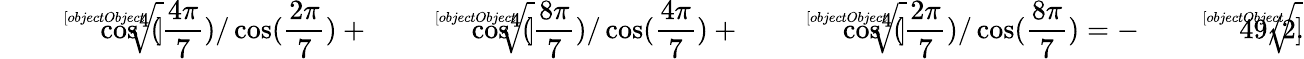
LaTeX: {\sqrt[[objectObject]]{\cos^{4}({\frac{4\pi}{7}})/\cos({\frac{2\pi}{7}})}}+{\sqrt[[objectObject]]{\cos^{4}({\frac{8\pi}{7}})/\cos({\frac{4\pi}{7}})}}+{\sqrt[[objectObject]]{\cos^{4}({\frac{2\pi}{7}})/\cos({\frac{8\pi}{7}})}}=-{\sqrt[[objectObject]]{49}}/2.